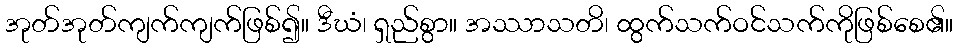
အုတ်အုတ်ကျက်ကျက်ဖြစ်၍။ ဒီဃံ၊ ရှည်စွာ။ အဿာသတိ၊ ထွက်သက်ဝင်သက်ကိုဖြစ်စေ၏။